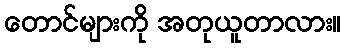
တောင်များကို အတုယူတာလား။